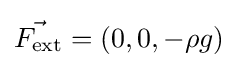
{\vec {F_{\text{ext}}}}=(0,0,-\rho g)